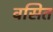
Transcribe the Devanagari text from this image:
वसित